Rangoon Lunatic Asylum 1893-1897 - 1893-1897
Year: 1893
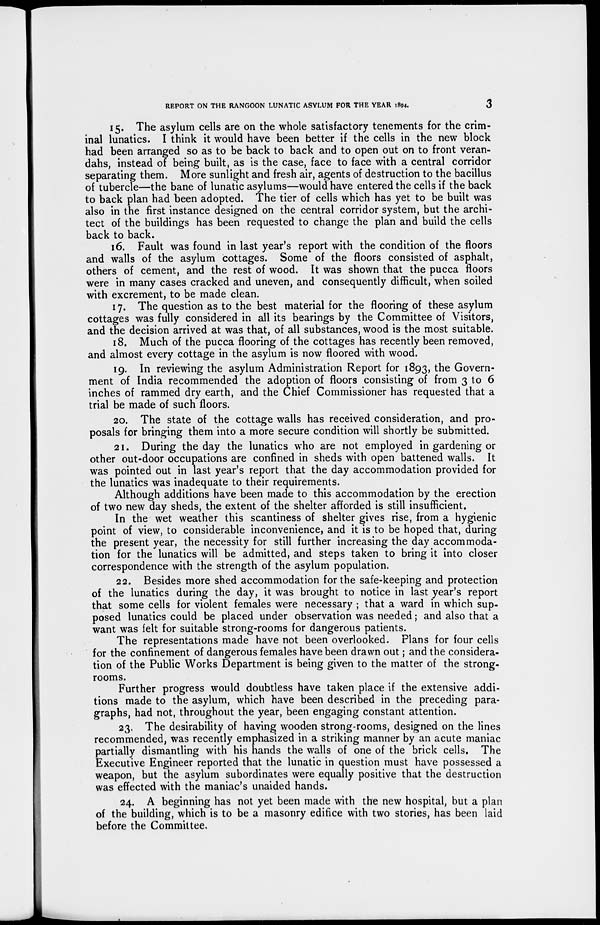
REPORT ON THE RANGOON LUNATIC ASYLUM FOR THE YEAR 1894.
3
15. The asylum cells are on the whole satisfactory tenements for the crim-
inal lunatics. I think it would have been better if the cells in the new block
had been arranged so as to be back to back and to open out on to front veran-
dahs, instead of being built, as is the case, face to face with a central corridor
separating them. More sunlight and fresh air, agents of destruction to the bacillus
of tubercle—the bane of lunatic asylums—would have entered the cells if the back
to back plan had been adopted. The tier of cells which has yet to be built was
also in the first instance designed on the central corridor system, but the archi-
tect of the buildings has been requested to change the plan and build the cells
back to back.
16. Fault was found in last year's report with the condition of the floors
and walls of the asylum cottages. Some of the floors consisted of asphalt,
others of cement, and the rest of wood. It was shown that the pucca floors
were in many cases cracked and uneven, and consequently difficult, when soiled
with excrement, to be made clean.
17. The question as to the best material for the flooring of these asylum
cottages was fully considered in all its bearings by the Committee of Visitors,
and the decision arrived at was that, of all substances, wood is the most suitable.
18. Much of the pucca flooring of the cottages has recently been removed,
and almost every cottage in the asylum is now floored with wood.
19. In reviewing the asylum Administration Report for 1893, the Govern-
ment of India recommended the adoption of floors consisting of from 3 to 6
inches of rammed dry earth, and the Chief Commissioner has requested that a
trial be made of such floors.
20. The state of the cottage walls has received consideration, and pro-
posals for bringing them into a more secure condition will shortly be submitted.
21. During the day the lunatics who are not employed in gardening or
other out-door occupations are confined in sheds with open battened walls. It
was pointed out in last year's report that the day accommodation provided for
the lunatics was inadequate to their requirements.
Although additions have been made to this accommodation by the erection
of two new day sheds, the extent of the shelter afforded is still insufficient.
In the wet weather this scantiness of shelter gives rise, from a hygienic
point of view, to considerable inconvenience, and it is to be hoped that, during
the present year, the necessity for still further increasing the day accommoda-
tion for the lunatics will be admitted, and steps taken to bring it into closer
correspondence with the strength of the asylum population.
22. Besides more shed accommodation for the safe-keeping and protection
of the lunatics during the day, it was brought to notice in last year's report
that some cells for violent females were necessary ; that a ward in which sup-
posed lunatics could be placed under observation was needed; and also that a
want was felt for suitable strong-rooms for dangerous patients.
The representations made have not been overlooked. Plans for four cells
for the confinement of dangerous females have been drawn out; and the considera-
tion of the Public Works Department is being given to the matter of the strong-
rooms.
Further progress would doubtless have taken place if the extensive addi-
tions made to the asylum, which have been described in the preceding para-
graphs, had not, throughout the year, been engaging constant attention.
23. The desirability of having wooden strong-rooms, designed on the lines
recommended, was recently emphasized in a striking manner by an acute maniac
partially dismantling with his hands the walls of one of the brick cells. The
Executive Engineer reported that the lunatic in question must have possessed a
weapon, but the asylum subordinates were equally positive that the destruction
was effected with the maniac's unaided hands.
24. A beginning has not yet been made with the new hospital, but a plan
of the building, which is to be a masonry edifice with two stories, has been laid
before the Committee.